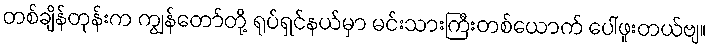
တစ်ချိန်တုန်းက ကျွန်တော်တို့ ရုပ်ရှင်နယ်မှာ မင်းသားကြီးတစ်ယောက် ပေါ်ဖူးတယ်ဗျ။